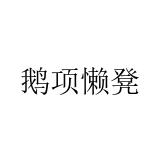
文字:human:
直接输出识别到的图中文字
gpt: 鹅项懒凳